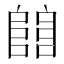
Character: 𨺅